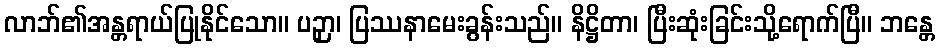
လာဘ်၏အန္တရာယ်ပြုနိုင်သော။ ပဉှာ၊ ပြဿနာမေးခွန်းသည်။ နိဋ္ဌိတာ၊ ပြီးဆုံးခြင်းသို့ရောက်ပြီ။ ဘန္တေ